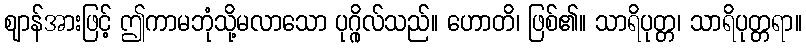
ဈာန်အားဖြင့် ဤကာမဘုံသို့မလာသော ပုဂ္ဂိုလ်သည်။ ဟောတိ၊ ဖြစ်၏။ သာရိပုတ္တ၊ သာရိပုတ္တရာ။